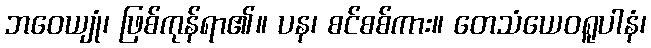
ဘဝေယျုံ၊ ဖြစ်ကုန်ရာ၏။ ပန၊ စင်စစ်ကား။ တေသံယေဝရူပါနံ၊